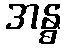
အန္ဓ